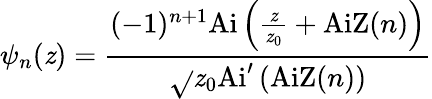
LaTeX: \psi_{n}(\mathit{z})=\frac{{(-1)^{n+1}\mathrm{{Ai}}\left(\frac{{\mathit{z}}}{{\mathit{z}_{0}}}+\mathrm{{AiZ}}(n)\right)}}{{\sqrt{}{{\mathit{z}_{0}}}\mathrm{{Ai}}^{\prime}\left(\mathrm{{AiZ}}(n)\right)}}